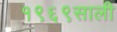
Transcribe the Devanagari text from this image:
१९६९साली